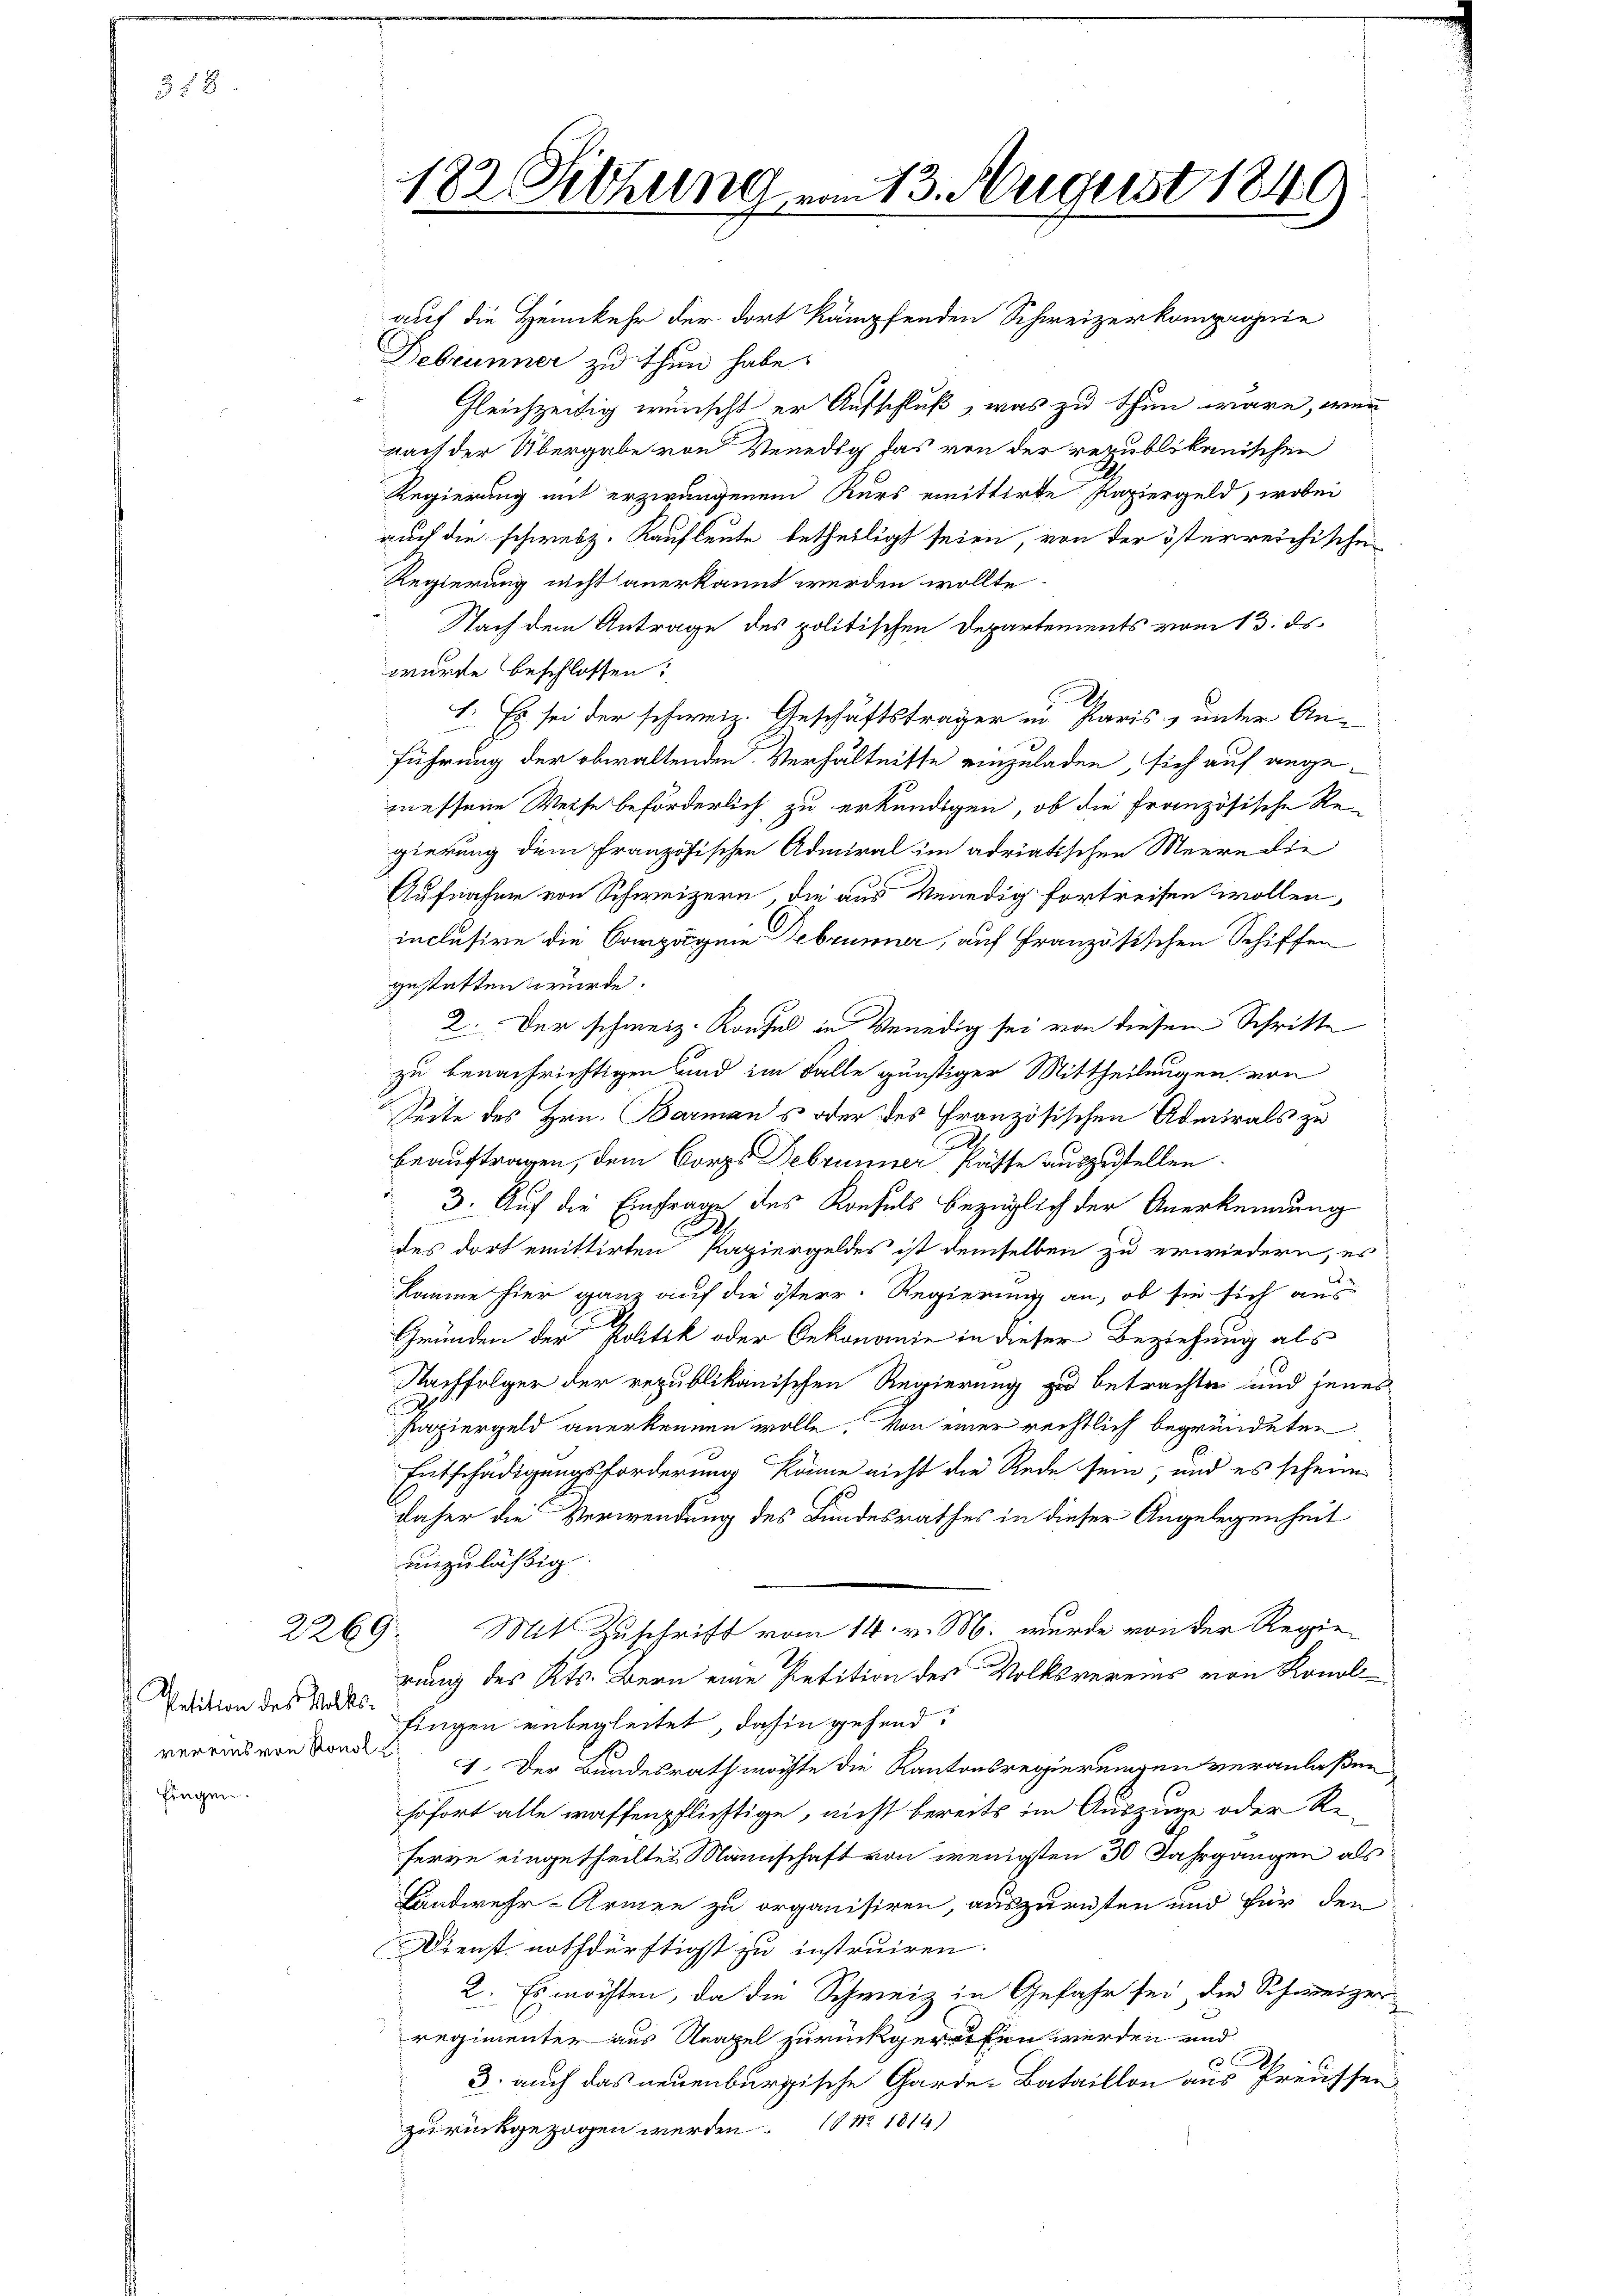
358.

2269.

. Petition des Volks-
vereins von Ronol
fingen.

182. Altung vom 13. August 1849

auf die Heimkehr der dort kämpfenden Schweizerkompagnie
Debrunner zu thun habe.
Gleichzeitig wünscht er Aufschluß, was zu thun wäre, wenn
nach der Übergabe von Venedig das von der republikanischen
Regierung mit erzwungenem Kurs emittirte Papiergeld, wobei
auch die schweiz. Kaufleute betheiligt seien von der österreichischen
Regierung nicht anerkannt werden wollte.
Nach dem Antrage des politischen Departements vom 13. ds.
würfe beschlossen:
1. Es sei der schweiz. Geschäftsträger in Paris, unter An-
führung der obwaltenden Verhältnisse einzuladen, sich auf angemessene Weise beförderlich zu erkundigen, ob die Französische Re-
gierung dem französischen Admiral im adriatischen Meere die
Aufnahme von Schweizern, die aus Venedig fortreifen wollen,
inclusive die Compagnie Debrunner, auf Französischen Schiffen
gestatten wurde.
2. Der schweiz. Konsul in Venedig sei von diesem Schritte
zu benachrichtigen und im Falle günstiger Mittheilungen von
Seite des Hrn. Barmans oder des Französischen Admirals zu
2
beauftragen, dem Corps Debrunner Katte auszustellen.
3. Auf die Einfrage des Konsuls bezüglich der Anerkennung
x
des dort emittirten Papiergeldes ist demselben zu erwiedern, es
komme hier ganz auf die österr. Regierung an, ob sie sich aus
Gründen der Politik oder Oekonomie in dieser Beziehung als
Nachfolger der republikanischen Regierung zu betrachten und jenes
Papiergeld anerkennen wolle. Von einer rechtlich begründeten
Entschädigungsforderung könne nicht die Rede sein, und es scheine
daher die Verwendung des Bundesrathes in dieser Angelegenheit
unzulässig.
Mit Zuschrift vom 14. v. M. wurde von der Regie-
rung des Kts. Bern eine Petition des Volksvereins von Konol
fingen unbegleitet dahin gehend.
c. Der Bundesrath möchte die Kantonsregierungen veranlaßen
sofort alle waffenpflichtige, nicht bereits im Auszuge oder Referve eingetheilten Mannschaft von wenigsten 30 Jahrgangen als
Landwehr-Armen zu organisiren, auszurichten und für den
Dienst nothdürftigst zu instruiren.
2. Es möchten, da die Schweiz in Gefahr sei die Schweizer-
regimenter aus Neapel zurückgereifen werden und

3. auch das neuenburgische Garde-Bataillon aus Preussen
zurückgezogen werden No. 1814